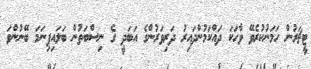
ޓީޗަރުން ހަމަނުކުރެވޭ ވާހަކަ ދައްކަމުންދައިރު ދަރިވަރުންގެ އަބަދީ ގެ ނިސްބަތުން ބަލައިފިނަމަ ބޭނުންވަ